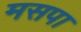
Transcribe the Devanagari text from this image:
मसपा